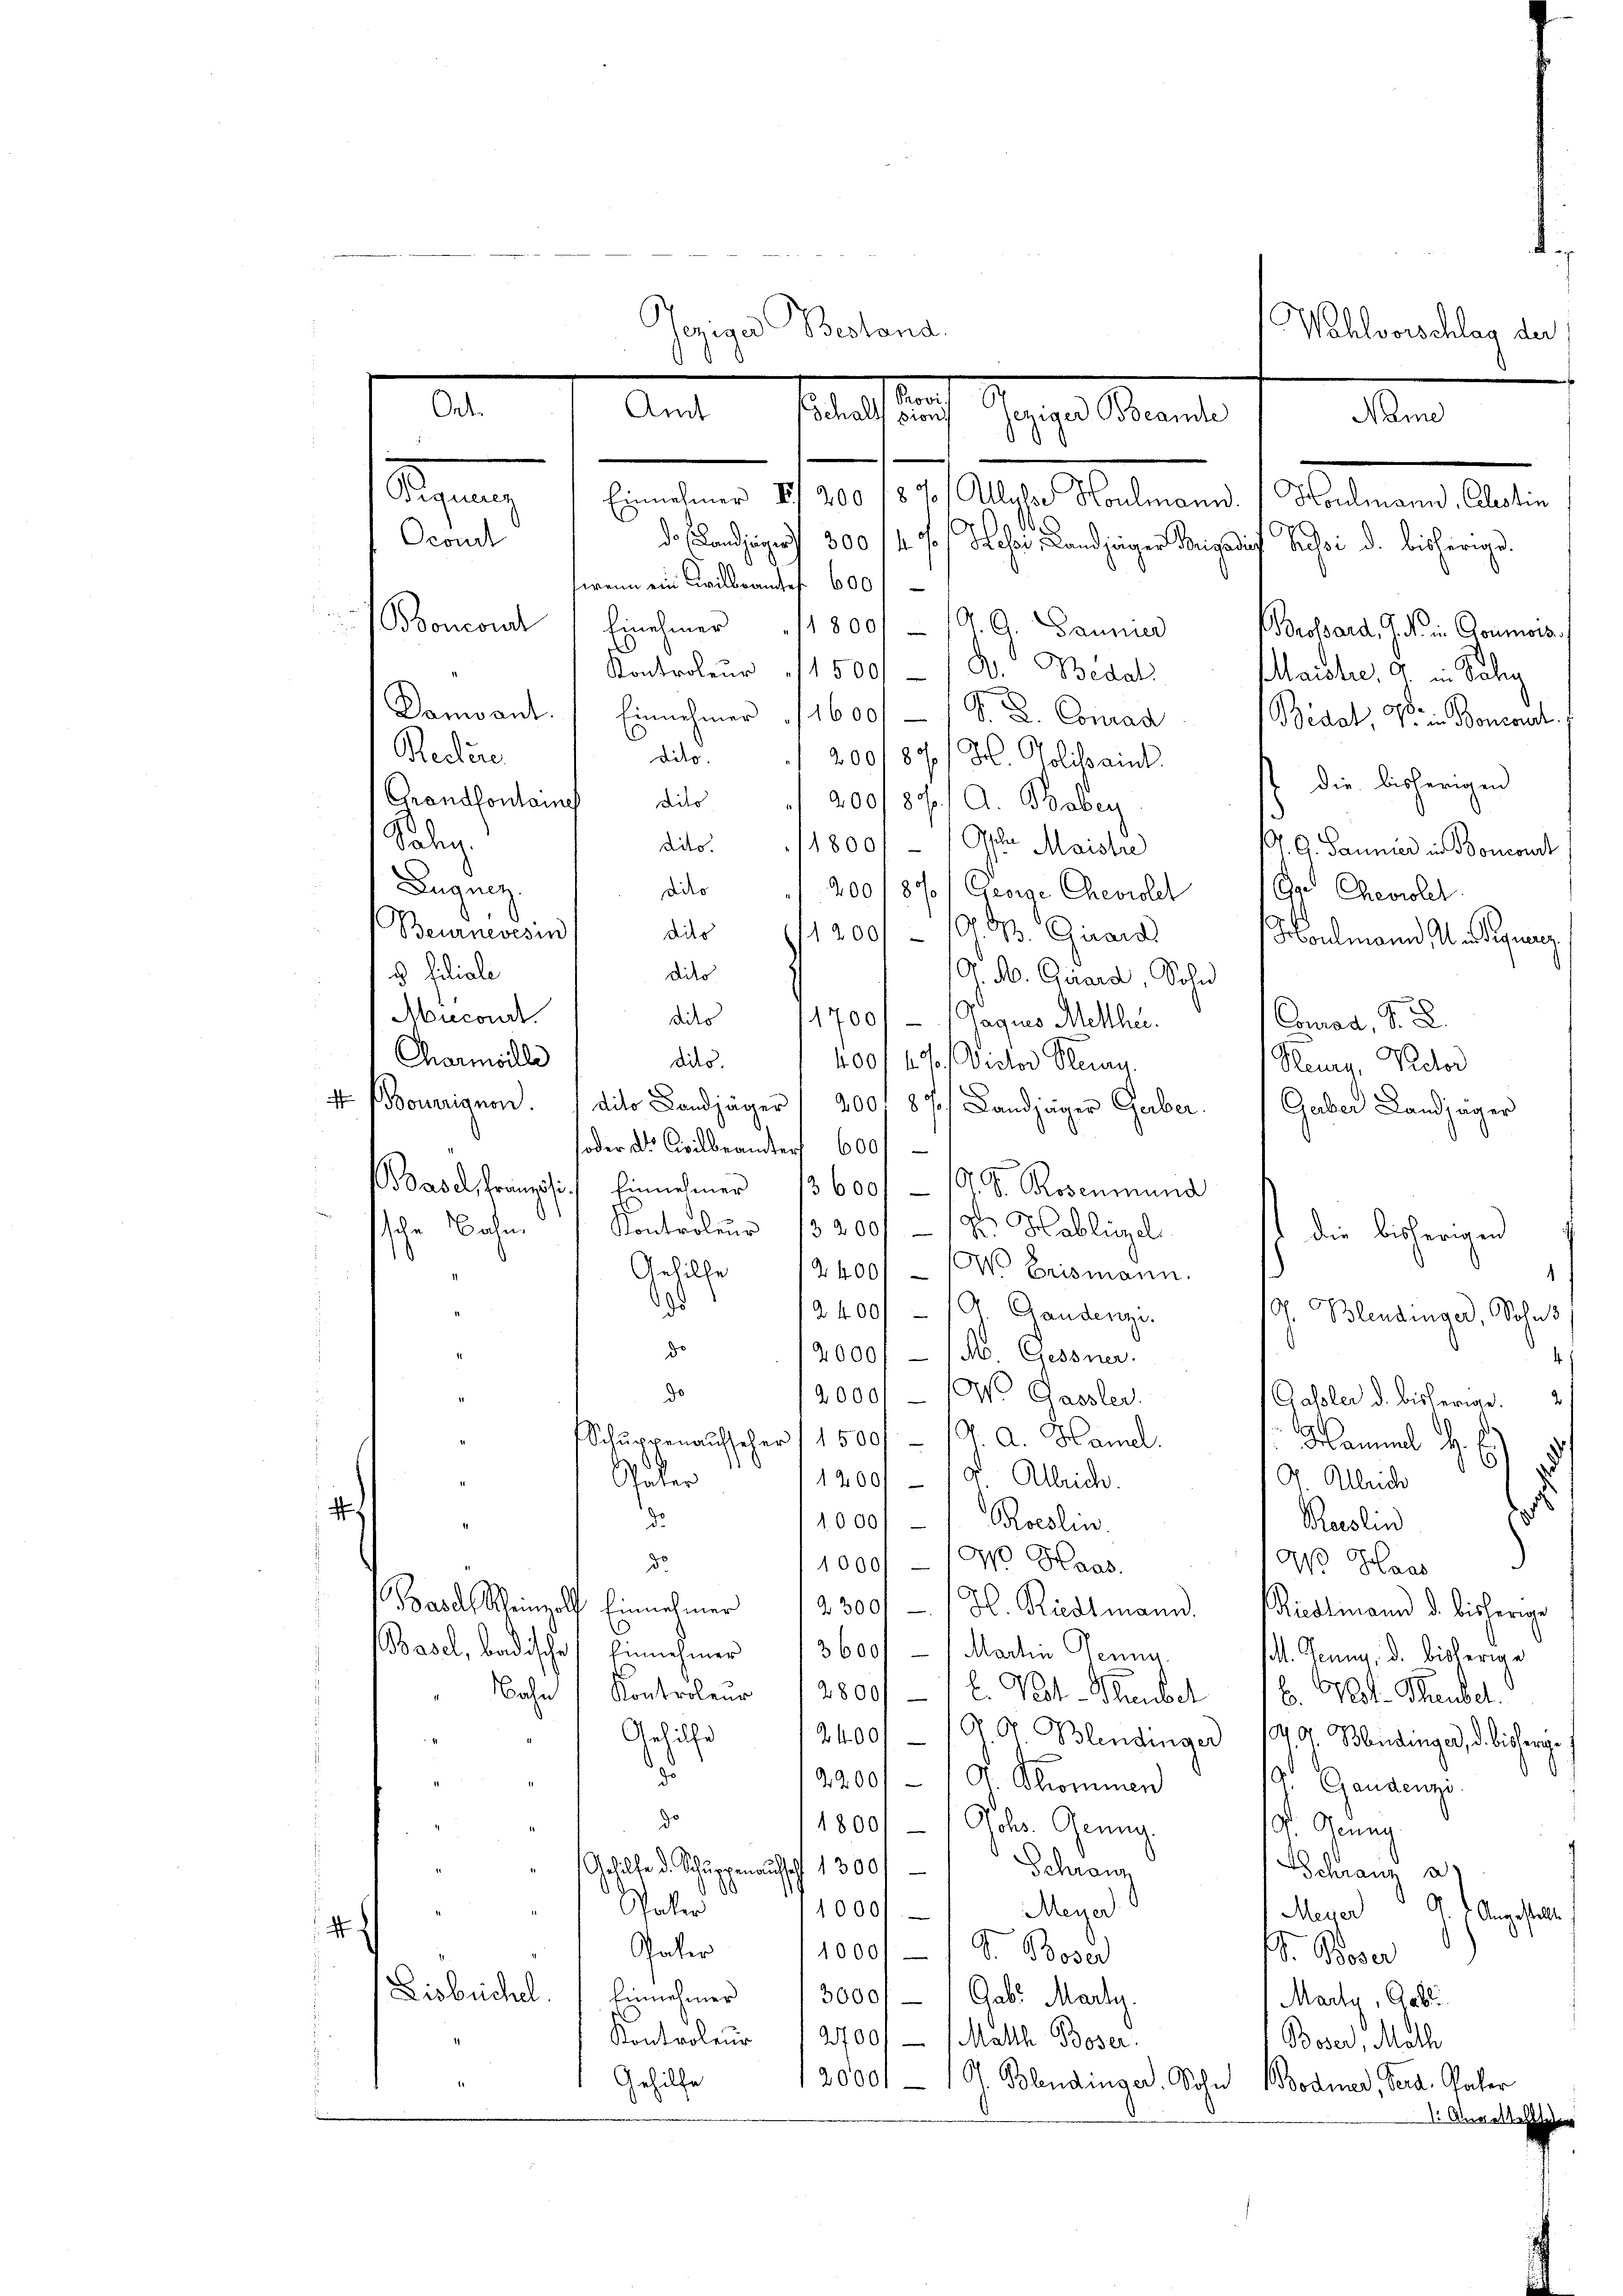
Ort.

.
Piquiez
Ocomit
Reckere
Grandfontaines dito
Soden.
Bagung
Beurnisesin
c filiale
Aucond.
Chariwilli

Boncord

Pegige Bestand,

ten
Gegen einmal
Amt (Schaltssionis
¬

alb.
.
das Landjäger 300 147/ Sessi, Landjäger Brigadin Russi d. bisherige
.
hinehmer
s
Kontroleur 15001-/ D. Bedat
Damvant. 1 Einnehmer 1600.
G. L. Conrad
Bidat, So in Boncoul
dito.
20018 / 5. Politaint
die bisherigen
200/80/ A. Baber
11800/ 1 Oder Maistre
ddo.
P. G. Saunier in Boncourt
diko
200 1870/ George Cheviolet
G Cheviolet
dies
1200/ – 10. d. Girard
Houlmann Medigung
dies
G. B. Girard, Sohn
dito 1700 — 1 Gagus Melthie.
Conas, S. 2
dito.
400/4 % Victor Pluny.
König, Rector
1t. (Bouignon. (dito Landjäger (200. 87. Landjäger Gaber. Guber Landjäger
soder der Civilbeamter 600f
Basel, Französi.) Einnehmer 13600/ - (T. S. Rosenmund
ssche Bahn Kontroleur 13200/ – 12. Hablügel
die bisherigen
 Erismann.
Gehilfe
¬
2400
9
2400/ - (A. Gandenzi. 10. Blendinger, Sohns
de
12000 - 1 M. Gessner.
4
do
12000 - O Gassler.
(Gasler d. bisherige.
Schuppenaufscher (1500/10 a. Handl
Flammel. H. E
1200/10 Alleich.
Dr. Alleich
älter
.
2
d
10001 - Roeslin.
Recslin
1000f 100 Haas
W Haas
d.
Basel Schreinzolf Einnahmer 12300 Gl. Riedtmann.
Riedlimann d. bisherige
Basel, badischen Einnehmer 13600 - 1. Martin Jenny
lt. Genug, d. bisherige
Bahn Kontroleur (2800 - 1 l. Vest-Stauber 16. Vol. Heubel.
Gehilfe
24001-/J. G. Blendinger 194. Bandinger, d. bisherige
.
2200/1 Dr. Thommen
 Gaudenzi
do
11800   Johs. Genug
18. Genug
Gehilfe d. Schurrenausschl 1300)
Schranz
Schranz a
90
.
Paler
Meyer
1000/
Meyer
Angestellt
4
Pater
1000, S. Boser
. Bover
Lisbüchel. Einnehmer 13000 f — 1 Gabe Marty.
Marty, Gabli
Kontroleur (2700. - Matth. Boser.
Boser, Math
Gehilfe
120001 - 10 Blendinger. Sohn Bodmer, Sera. Pater
1. Angestellte

wenn ein Civilbeamtes 600

Bunden 19. 10. 157. Auge Malerend 1 Meterner 1890.

118001 - (A. G. Bannier

Whlvorschlag der
.

Borossard, G. d. in Goumois.
Maidler, u. in Selig